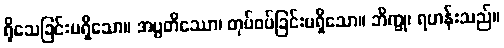
ရိုသေခြင်းမရှိသော။ အပ္ပတိဿော၊ တုပ်ဝပ်ခြင်းမရှိသော။ ဘိက္ခု၊ ရဟန်းသည်။